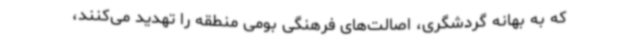
که به بهانه گردشگری، اصالت‌های فرهنگی بومی منطقه را تهدید می‌کنند،